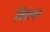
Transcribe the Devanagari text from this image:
बिसंभर